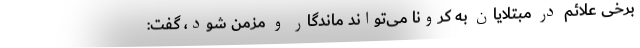
برخی علائم در مبتلایان به کرونا می‌تواند ماندگار و مزمن شود، گفت: